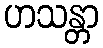
ဟသန္တာ